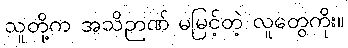
သူတို့က အသိဉာဏ် မမြင့်တဲ့ လူတွေကိုး။